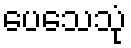
ပေသေသုံ